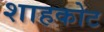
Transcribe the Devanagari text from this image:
शाहकोट